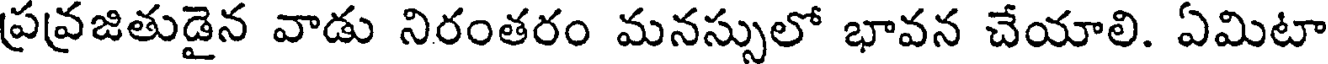
ప్రవ్రజితుడైన వాడు నిరంతరం మనస్సులో భావన చేయాలి. ఏమిటా